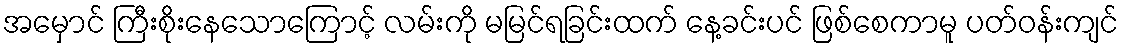
အမှောင် ကြီးစိုးနေသောကြောင့် လမ်းကို မမြင်ရခြင်းထက် နေ့ခင်းပင် ဖြစ်စေကာမူ ပတ်ဝန်းကျင်